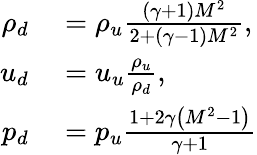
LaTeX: \begin{array}{rl}{\rho_{d}}&{{}=\rho_{u}\frac{(\gamma+1)M^{2}}{2+(\gamma-1)M^{2}},}\\ {u_{d}}&{{}=u_{u}\frac{\rho_{u}}{\rho_{d}},}\\ {p_{d}}&{{}=p_{u}\frac{1+2\gamma\left(M^{2}-1\right)}{\gamma+1}}\end{array}